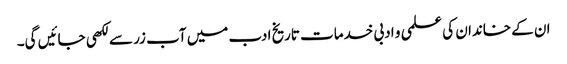
ان کے خاندان کی علمی و ادبی خدمات تاریخ ادب میں آب زر سے لکھی جائیں گی۔